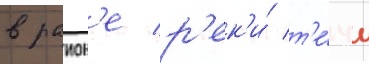
в раион'е р'ек'и́ т'е́чи